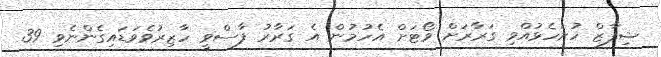
ޝިފާޒް ހުށަހެޅުއްވި ގަރާރަށް ވޯޓަށް އެހުމުން އެ ގަރާރު ފާސްވީ ހާޒިރުވެވަޑައިގެންނެވި 39